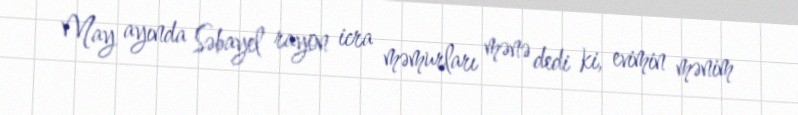
May ayında Səbayel rayon icra məmurları mənə dedi ki, evimin mənim